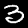
Label: 3